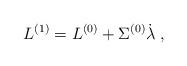
LaTeX: \begin{align*}L^{(1)} = L^{(0)} + \Sigma^{(0)} \dot \lambda \;,\end{align*}